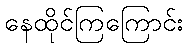
နေထိုင်ကြကြောင်း